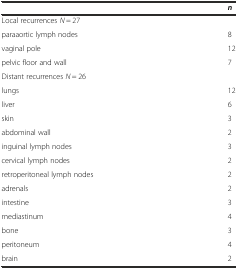
<table><thead><tr><td></td><td><b><i>n</i></b></td></tr></thead><tbody><tr><td>Local recurrences <i>N</i> = 27</td><td></td></tr><tr><td>paraaortic lymph nodes</td><td>8</td></tr><tr><td>vaginal pole</td><td>12</td></tr><tr><td>pelvic floor and wall</td><td>7</td></tr><tr><td>Distant recurrences <i>N</i> = 26</td><td></td></tr><tr><td>lungs</td><td>12</td></tr><tr><td>liver</td><td>6</td></tr><tr><td>skin</td><td>3</td></tr><tr><td>abdominal wall</td><td>2</td></tr><tr><td>inguinal lymph nodes</td><td>3</td></tr><tr><td>cervical lymph nodes</td><td>2</td></tr><tr><td>retroperitoneal lymph nodes</td><td>2</td></tr><tr><td>adrenals</td><td>2</td></tr><tr><td>intestine</td><td>3</td></tr><tr><td>mediastinum</td><td>4</td></tr><tr><td>bone</td><td>3</td></tr><tr><td>peritoneum</td><td>4</td></tr><tr><td>brain</td><td>2</td></tr></tbody></table>